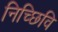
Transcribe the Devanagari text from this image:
निच्छिवि